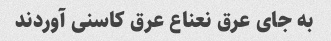
به جای عرق نعناع عرق کاسنی آوردند